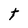
Character: t